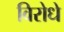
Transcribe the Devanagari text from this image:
विरोधे